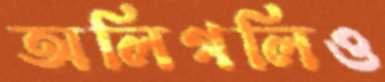
অলিগলিও